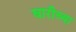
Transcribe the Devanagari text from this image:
घारीच्या